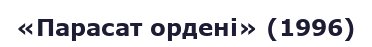
«Парасат ордені» (1996)